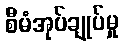
စီမံအုပ်ချုပ်မှု